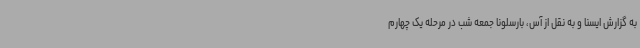
به گزارش ایسنا و به نقل از آس، بارسلونا جمعه شب در مرحله یک چهارم